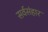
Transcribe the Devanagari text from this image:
सर्वसंहार